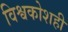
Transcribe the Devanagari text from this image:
विश्वकोशही